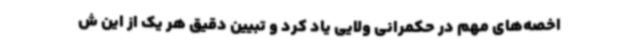
اخصه‌های مهم در حکمرانی ولایی یاد کرد و تبیین دقیق هر یک از این ش